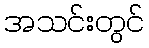
အသင်းတွင်